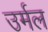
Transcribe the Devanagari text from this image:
उर्मल